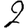
Digit: 2